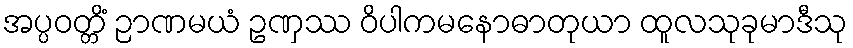
အပ္ပဝတ္တိံ ဉာဏမယံ ဥဏှဿ ဝိပါကမနောဓာတုယာ ထူလသုခုမာဒီသု